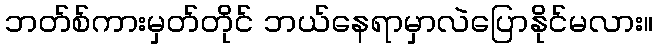
ဘတ်စ်ကားမှတ်တိုင် ဘယ်နေရာမှာလဲပြောနိုင်မလား။